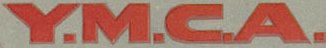
Y.M.C.A.